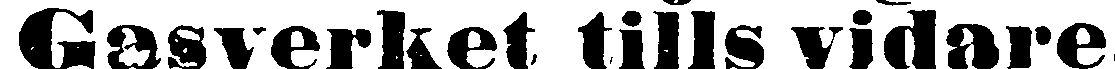
Gasverket tills vidare.